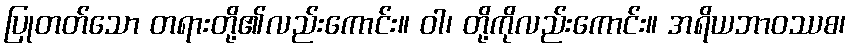
ပြုတတ်သော တရားတို့၏လည်းကောင်း။ ဝါ၊ တို့ကိုလည်းကောင်း။ အရိယဘာဝဿစ၊